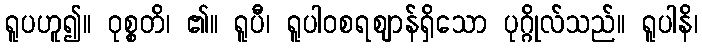
ရူပဟူ၍။ ဝုစ္စတိ၊ ၏။ ရူပီ၊ ရူပါဝစရဈာန်ရှိသော ပုဂ္ဂိုလ်သည်။ ရူပါနိ၊